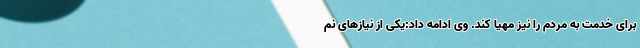
برای خدمت به مردم را نیز مهیا کند. وی ادامه داد:یکی از نیازهای نم